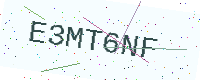
Text: E3MT6NF